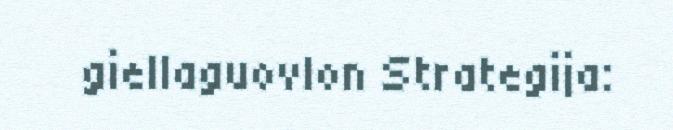
giellaguovlon Strategija: